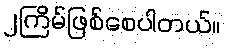
၂ကြိမ်ဖြစ်စေပါတယ်။